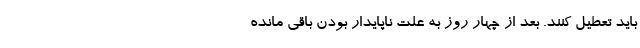
باید تعطیل کنند. بعد از چهار روز به علت ناپایدار بودنِ باقی مانده